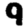
Digit: 9